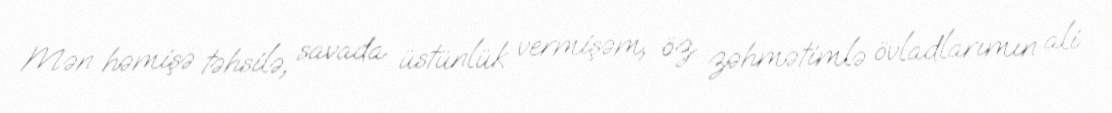
Mən həmişə təhsilə, savada üstünlük vermişəm, öz zəhmətimlə övladlarımın ali